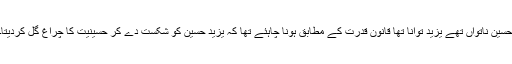
حسین ناتواں تھے یزید توانا تھا قانون قدرت کے مطابق ہونا چاہئے تھا کہ یزید حسین کو شکست دے کر حسینیت کا چراغ گل کردیتا۔